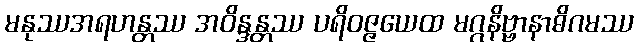
မနုဿအရဟန္တဿ အဝိန္ဒန္တဿ ပရိဝဇ္ဇယေထ မဂ္ဂနိဗ္ဗာနာဓိဂမဿ